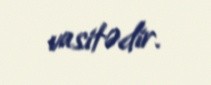
vasitədir.